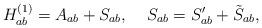
LaTeX: \begin{align*}H^{(1)}_{ab}=A_{ab}+S_{ab}, \;\;\;\; S_{ab}=S'_{ab}+\tilde{S}_{ab},\end{align*}